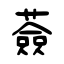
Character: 薟